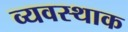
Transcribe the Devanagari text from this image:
व्यवस्थाक